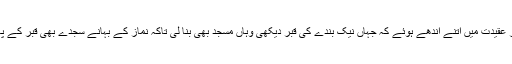
لوگ تقلید اور عقیدت میں اتنے اندھے ہوئے کہ جہاں نیک بندے کی قبر دیکھی وہاں مسجد بھی بنا لی تاکہ نماز کے بہانے سجدے بھی قبر کے پاس کرسکیں۔